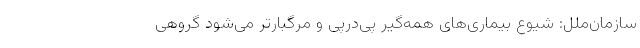
سازمان‌ملل: شیوع بیماری‌های همه‌گیر پی‌درپی و مرگبارتر می‌شود گروهی